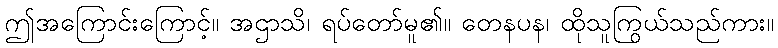
ဤအကြောင်းကြောင့်။ အဌာသိ၊ ရပ်တော်မူ၏။ တေနပန၊ ထိုသူကြွယ်သည်ကား။